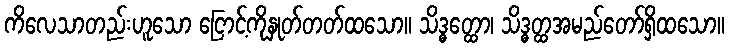
ကိလေသာတည်းဟူသော ငြောင့်ကိုနှုတ်တတ်ထသော။ သိဒ္ဓတ္ထော၊ သိဒ္ဓတ္ထအမည်တော်ရှိထသော။